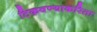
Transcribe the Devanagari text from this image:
टिकवण्याकरिता